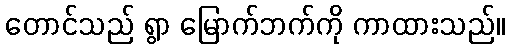
တောင်သည် ရွာ မြောက်ဘက်ကို ကာထားသည်။